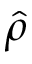
\hat { \rho }